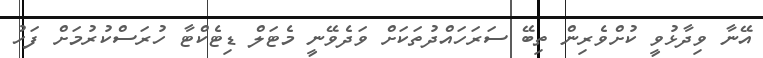
އޭނާ ވިދާޅުވީ ކުށްވެރިން ތިބޭ ސަރަހައްދުތަކަށް ވަދެވޭނީ މެޓަލް ޑިޓެކްޓާ ހުރަސްކުރުމަށް ފަހު